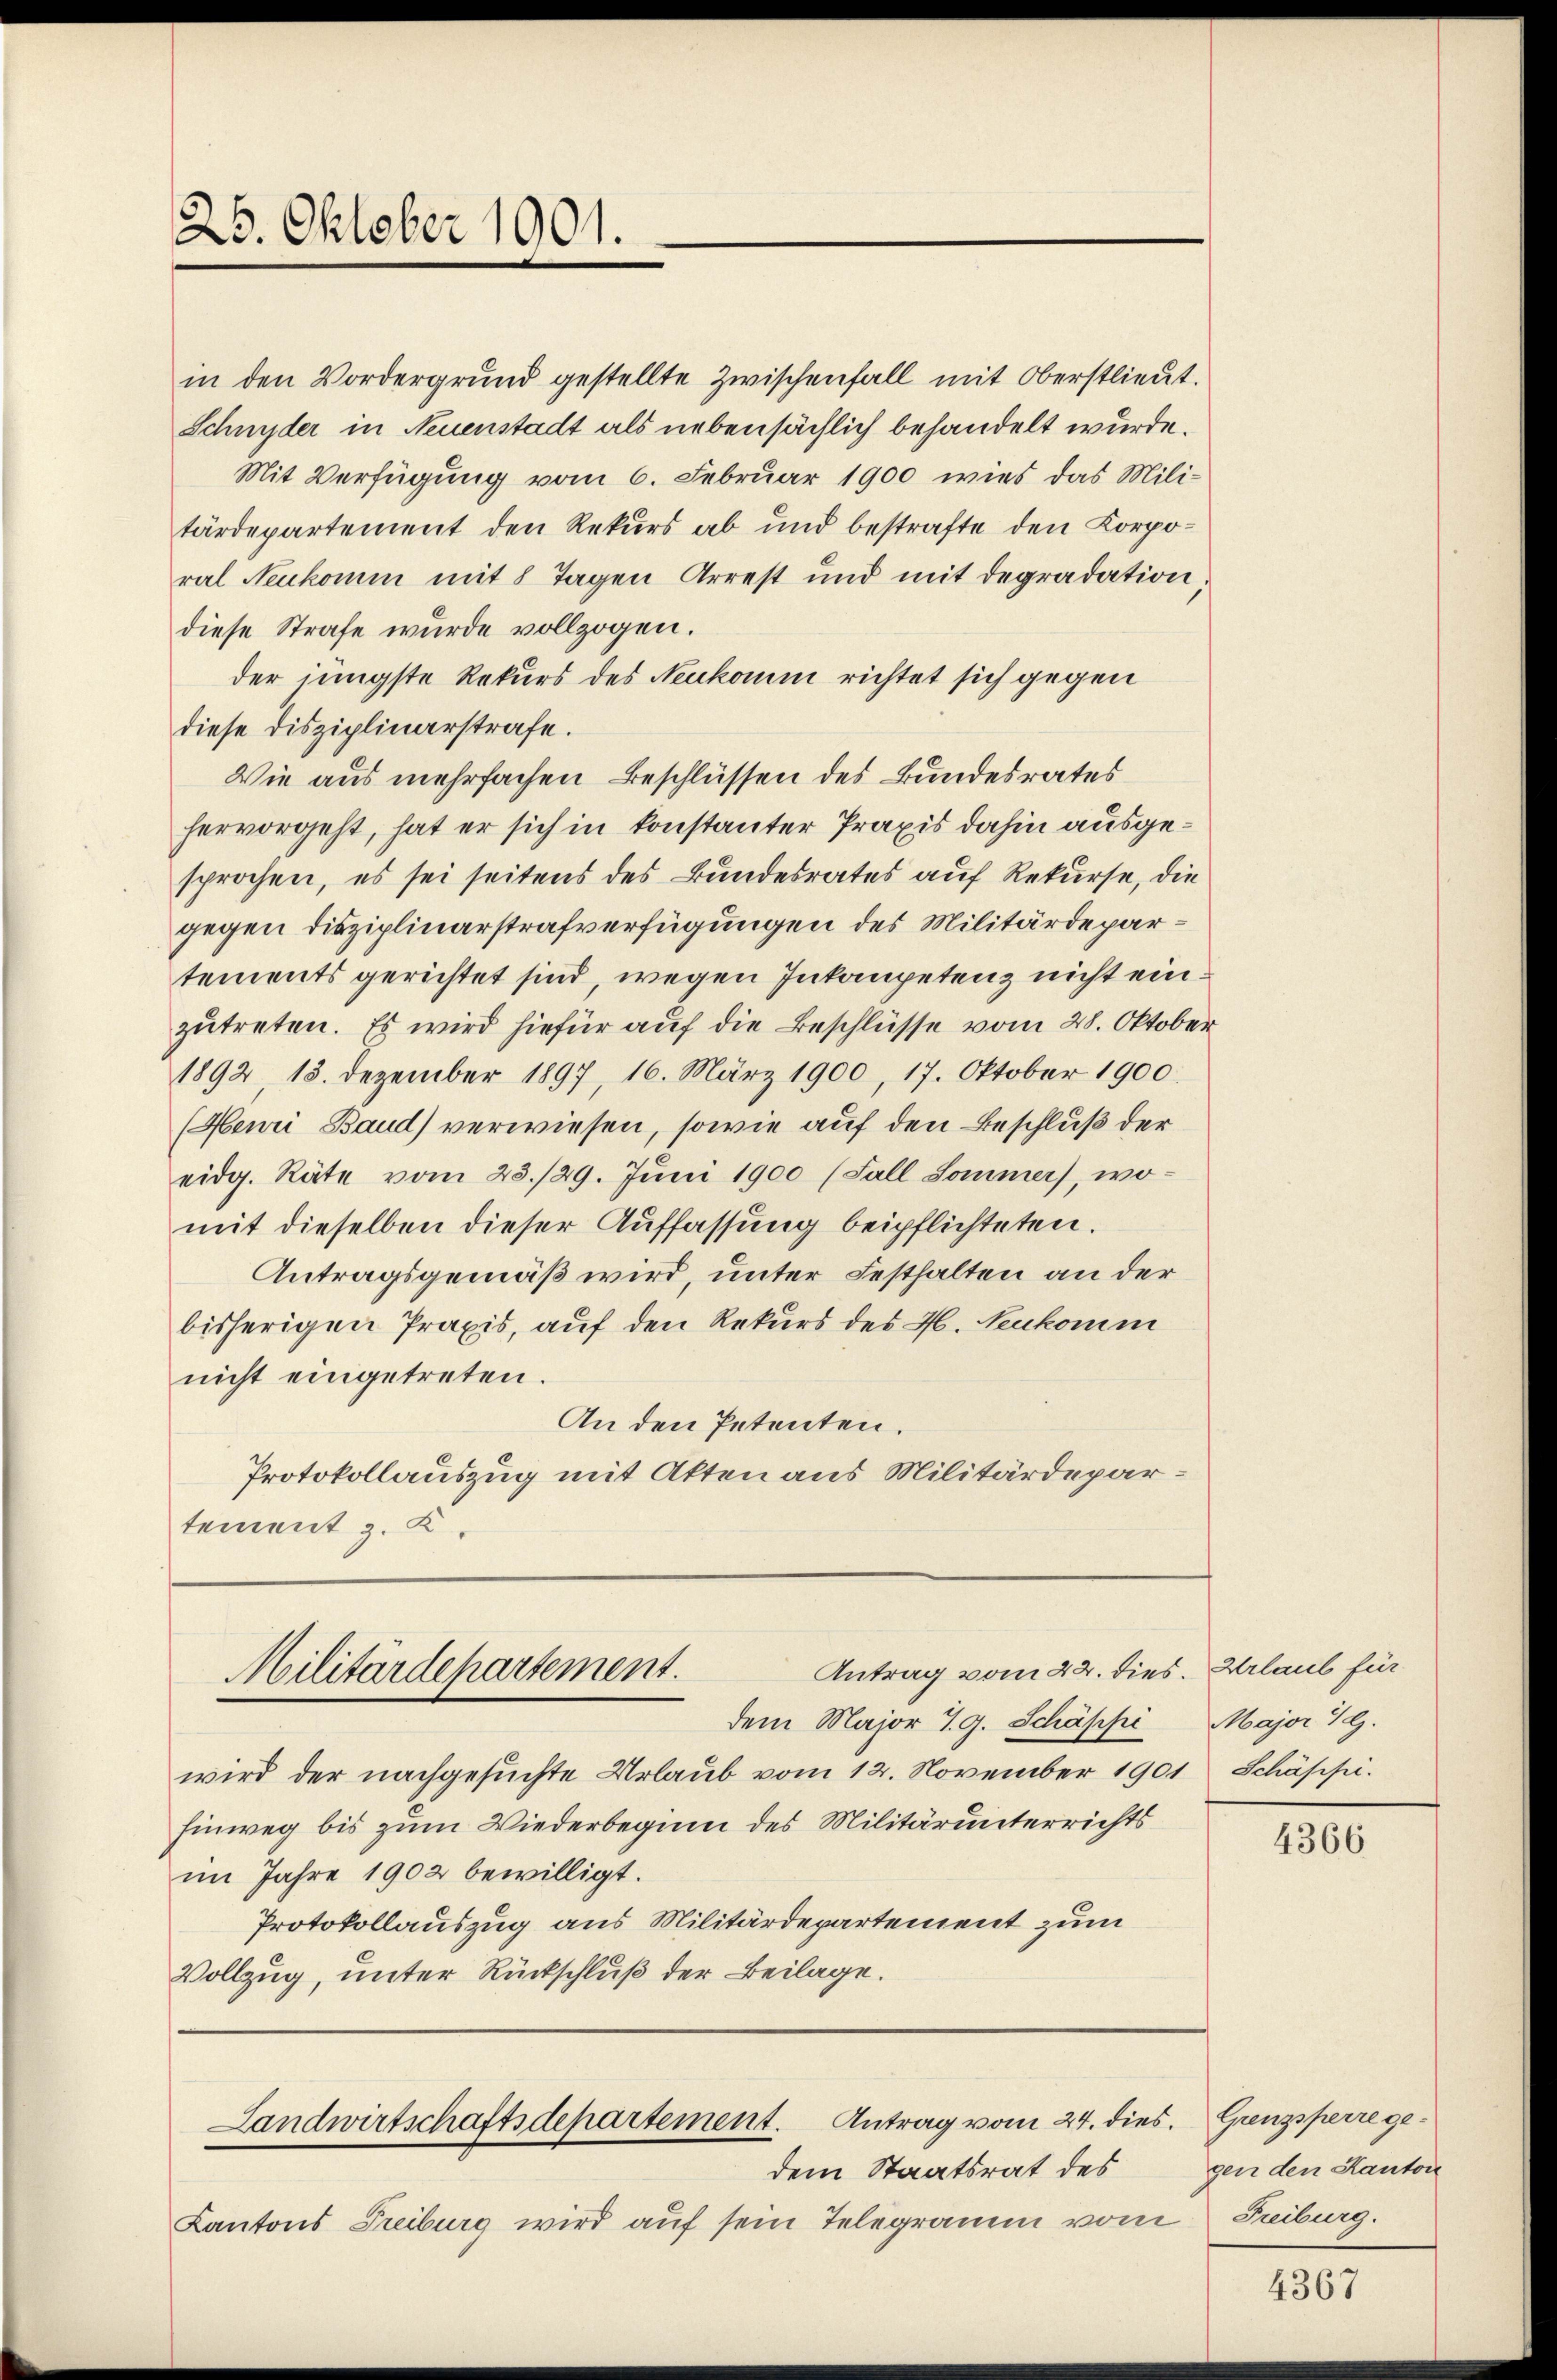
25. Oktober 1901.

in den Vordergrund gestellte Zwischenfall mit Oberstlieut.
Schnyder in Neuenstadt als nebensächlich behandelt wurde.
Mit Verfügung vom 6. Februar 1900 wies das Mili-
tärdepartement den Rekurs ab und bestrafte den Korporal Neukomm mit 8 Tagen Arrest und mit degradation,
diese Strafe wurde vollzogen.
der jüngste Rekurs des Neukomm richtet sich gegen
diese disziplinarstrafe.
Wie aus mehrfachen Beschlüssen des Bundesrates
hervorgeht, hat er sich in konstanter Praxis dahin ausgesprochen, es sei seitens des Bundesrates auf Rekurse, die
gegen disziplinarstrafverfügungen des Militärdepartements gerichtet sind, wegen Inkompetenz nicht einzutreten. Es wird hiefür auf die Beschlüsse vom 28. Oktober
1892, 13. Dezember 1897, 16. März 1900, 17. Oktober 1900.
(Heuri Baud) verwiesen, sowie auf den Beschluß der
eidg. Räte vom 23./29. Juni 1900 (Fall Sommer, womit dieselben dieser Auffassung beipflichteten.
Antragsgemäß wird, unter Festhalten an der
bisherigen Praxis, auf den Rekurs des H. Neukomm
nicht eingetreten.
An den Petenten.
Protokollauszug mit Akten aus Militärdepartement z. K

dem Major J. G. Schäppi
wird der nachgesuchte Urlaub vom 12. November 190.
Einweg bis zum Wiederbeginn des Militärunterrichts
im Jahre 1902 bewilligt.
Protokollauszug aus Militärdepartement zum
Vollzug, unter Rückschluß der Beilage.

Antrag vom 22. dies
Militärdepartement.

Landwirtschaftsdepartement. Antrag vom 24. dies. Grenzsperre ge¬

dem Staatsrat des
Kantons Freiburg wird aŭf sein Telegramm vom Fribourg.

c. Urlaub für
Major 4 G.
1 Schäppi.

4366

gen den Kanton

4367